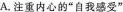
A.注重内心的”自我感受”